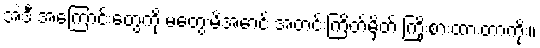
အဲဒီ အကြောင်းတွေကို မတွေးမိအောင် အတင်းကြိတ်မှိတ် ကြိုးစားထားတာကိုး။